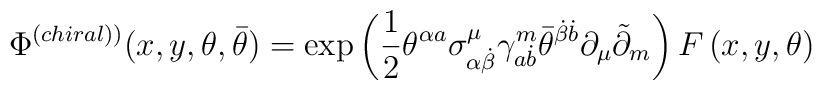
\Phi ^{\left( chiral)\right) }(x,y,\theta ,\bar{\theta})=\exp \left( \frac12\theta ^{\alpha a}\sigma _{\alpha \dot{\beta}}^\mu \gamma _{a\dot{b}}^m\bar{\theta}^{\dot{\beta}\dot{b}}\partial _\mu \tilde{\partial}_m\right)F\left( x,y,\theta \right)